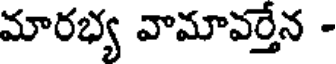
మారభ్య వామావర్తేన -